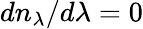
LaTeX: dn_{\lambda}/d\lambda=0